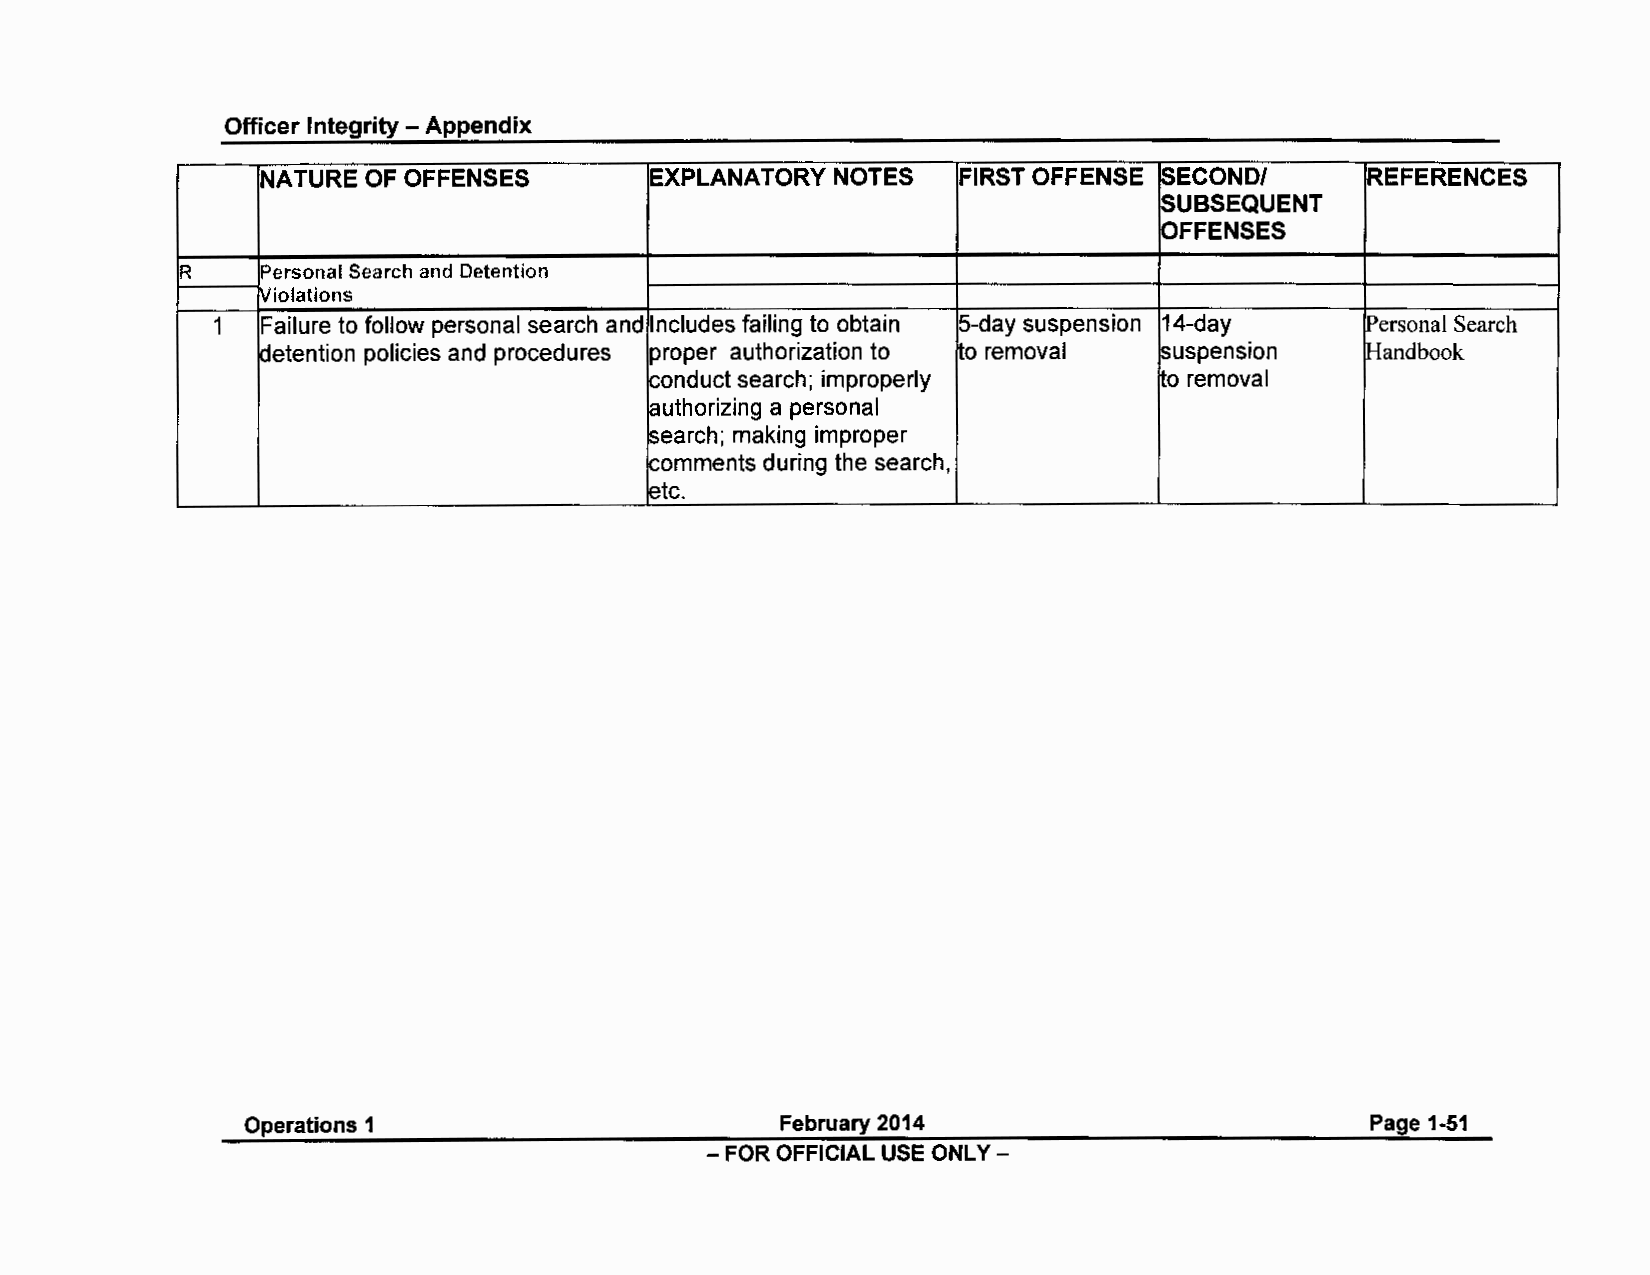
Officer Integrity - Appendix
 NATURE OF OFFENSES        EXPLANATORY NOTES   FIRST OFFENSE $ECOND/      REFERENCES
 SUBSEQUENT
 OFFENSES
 R    Personal Search and Detention
 Violations
 1  Failure to follow personal search and Includes failing to obtain 5-day suspension 14-day Personal Search
 detention policies and procedures proper authorization to o removal suspension Handbook
 ~onduct search; improperly        to removal
 authorizing a personal
 $earch; making improper
 K;omments during the search,
 ~tc.
 Operations 1                       February 2014                          Page 1-51
 - FOR OFFICIAL USE ONLY -